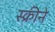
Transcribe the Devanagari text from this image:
स्क्रीने